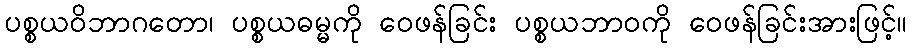
ပစ္စယဝိဘာဂတော၊ ပစ္စယဓမ္မကို ဝေဖန်ခြင်း ပစ္စယဘာဝကို ဝေဖန်ခြင်းအားဖြင့်။